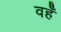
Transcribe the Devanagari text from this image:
वहँ